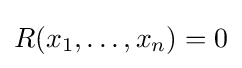
R(x_{1},\ldots ,x_{n})=0